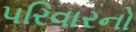
પરિવારનો